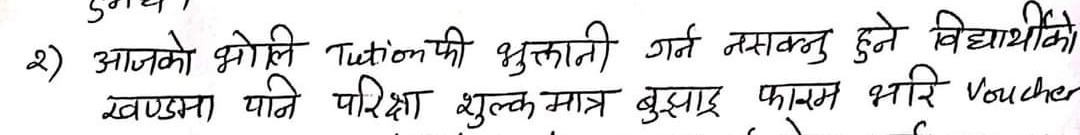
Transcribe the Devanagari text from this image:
२) आजको भोलि Tuition फी भुक्तानी गर्न नसक्नु हुने विद्यार्थीको खण्डमा पनि परिक्षा शुल्क मात्र बुझाए फारम भरि Voucher